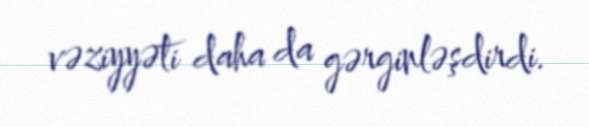
vəziyyəti daha da gərginləşdirdi.